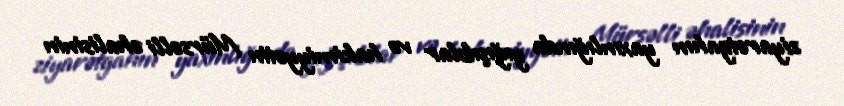
ziyarətgahın yaxınlığında yığışıblar və hakimiyyətin Mürsəlli əhalisinin